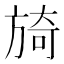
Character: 旑